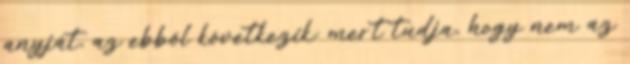
anyját, az ebből következik: mert tudja, hogy nem az